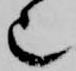
也